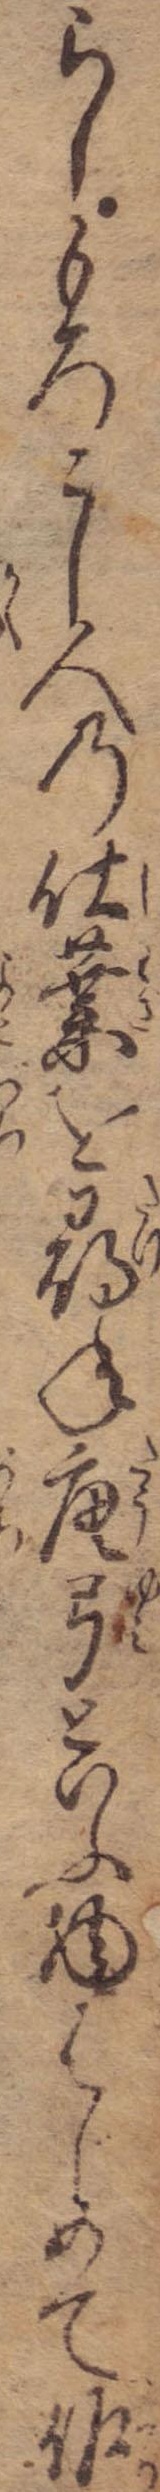
らしもろこし人の仕業を尋ね唐弓といふ物はじめて作